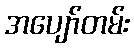
အပျော်တမ်း